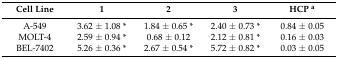
<table><thead><tr><td><b>Cell Line</b></td><td><b>1</b></td><td><b>2</b></td><td><b>3</b></td><td><b>HCP <sup>a</sup></b></td></tr></thead><tbody><tr><td>A-549</td><td>3.62 ± 1.08 *</td><td>1.84 ± 0.65 *</td><td>2.40 ± 0.73 *</td><td>0.84 ± 0.05</td></tr><tr><td>MOLT-4</td><td>2.59 ± 0.94 *</td><td>0.68 ± 0.12</td><td>2.12 ± 0.81 *</td><td>0.16 ± 0.03</td></tr><tr><td>BEL-7402</td><td>5.26 ± 0.36 *</td><td>2.67 ± 0.54 *</td><td>5.72 ± 0.82 *</td><td>0.03 ± 0.05</td></tr></tbody></table>